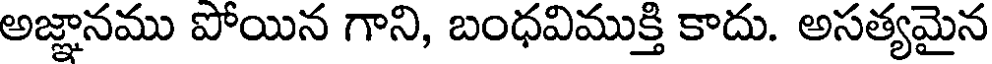
అజ్ఞానము పోయిన గాని, బంధవిముక్తి కాదు. అసత్యమైన